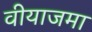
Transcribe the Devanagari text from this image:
वीयाजमा